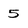
Character: 5